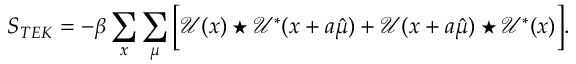
S _ { T E K } = - \beta \sum _ { x } \sum _ { \mu } \Big [ \mathcal { U } ( x ) \star \mathcal { U } ^ { * } ( x + a \hat { \mu } ) + \mathcal { U } ( x + a \hat { \mu } ) \star \mathcal { U } ^ { * } ( x ) \Big ] .